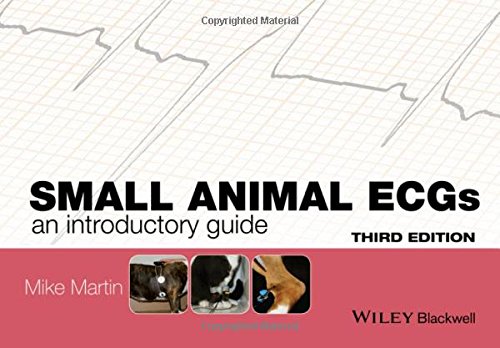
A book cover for Small Animal ECGs: An Introductory Guide; Mike Martin; Medical Books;